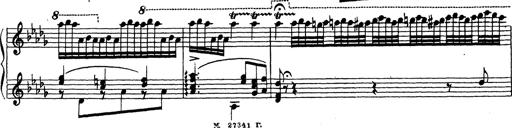
Title: Ballade No.1
Composer: Richard St. Clair